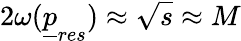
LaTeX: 2\omega({\underline{{p}}}_{res})\approx\sqrt s\approx M